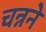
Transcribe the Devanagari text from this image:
चन्नने